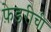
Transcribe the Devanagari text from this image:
फ़ेडरीची